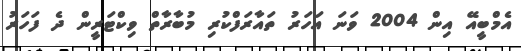
އެމްބީއޭ އިން 2004 ވަނަ އަހަރު ތައާރަފްކުރި މުބާރާތް ވިކްޓަރީން ދެ ފަހަރު